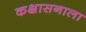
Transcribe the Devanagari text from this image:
कक्षासनाला